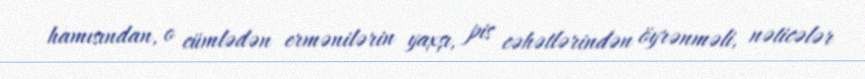
hamısından, o cümlədən ermənilərin yaxşı, pis cəhətlərindən öyrənməli, nəticələr